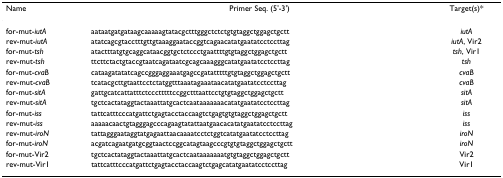
| Name | Primer Seq. (5'-3') | Target(s)* |
 | --- | --- | --- |
 | for-mut-iutA | aataatgatgataagcaaaaagtatacgctttgggctctctgtgtaggctggagctgctt | iutA |
 | rev-mut-iutA | atatcagcgtacctttgttgtaaaggaataccggtcagaacatatgaatatcctccttag | iutA, Vir2 |
 | for-mut-tsh | atactttatgtgcaggcataacggtgctctccctgaattttgtgtaggctggagctgctt | tsh, Vir1 |
 | rev-mut-tsh | ttcttctactgtaccgtaatcagataatcgcagcaaagggcatatgaatatcctccttag | tsh |
 | for-mut-cvaB | cataagatatatcagccgggaggaaatgagccgatatttttgtgtaggctggagctgctt | cvaB |
 | rev-mut-cvaB | tcatacgcttgtaattcctctatggtttaaatagaaataacatatgaatatcctccttag | cvaB |
 | for-mut-sitA | gattgcatcattatttctccctttttccggctttaattcctgtgtaggctggagctgctt | sitA |
 | rev-mut-sitA | tgctcactataggtactaaattatgcactcaataaaaaaacatatgaatatcctccttag | sitA |
 | for-mut-iss | tattcatttcccatgattctgagtacctaccaagtctgagtgtgtaggctggagctgctt | iss |
 | rev-mut-iss | aaaaacaactgtagggagcccagaagtatattaatgaacacatatgaatatcctccttag | iss |
 | rev-mut-iroN | tattagggaataggtatgagaattaacaaaatcctctggtcatatgaatatcctccttag | iroN |
 | for-mut-iroN | acgatcagaatgatgcggtaactccggcatagtaagcccgtgtgtaggctggagctgctt | iroN |
 | for-mut-Vir2 | tgctcactataggtactaaattatgcactcaataaaaaaatgtgtaggctggagctgctt | Vir2 |
 | rev-mut-Vir1 | tattcatttcccatgattctgagtacctaccaagtctgagcatatgaatatcctccttag | Vir1 |